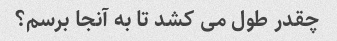
چقدر طول می کشد تا به آنجا برسم؟